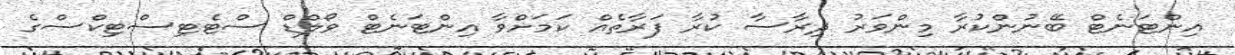
އިންޓަނެޓް ބޭނުންކުރާ މިންވަރު ދިރާސާ ކުރާ ފަރާތެއް ކަމަށްވާ އިންޓަނެޓް ވޯލްޑް ސްޓެޓިސްޓިކްސްގެ